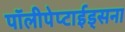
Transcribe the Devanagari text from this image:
पॉलीपेप्टाईड्सना